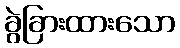
ခွဲခြားထားသော